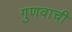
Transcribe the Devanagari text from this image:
गुणवाची